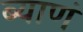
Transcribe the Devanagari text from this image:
ब्याणं